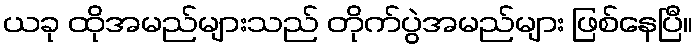
ယခု ထိုအမည်များသည် တိုက်ပွဲအမည်များ ဖြစ်နေပြီ။